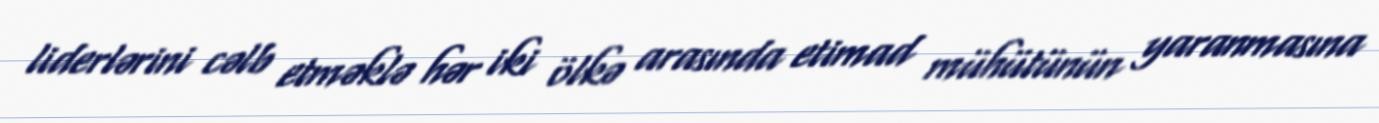
liderlərini cəlb etməklə hər iki ölkə arasında etimad mühütünün yaranmasına